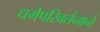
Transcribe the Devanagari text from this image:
धर्मपरिवर्तनाने